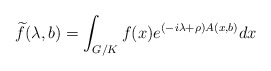
\begin{align*} \widetilde{f}(\lambda,b) = \int_{G/K} f(x) e^{(-i\lambda+\rho)A(x,b)} dx \end{align*}